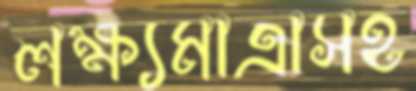
লক্ষ্যমাত্রাসহ